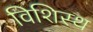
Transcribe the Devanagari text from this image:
विशिस्थ